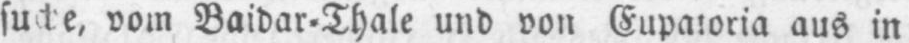
suche‚ vom Baidar⸗Thale und von Eupatoria aus in